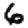
Digit: 6